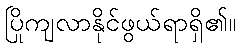
ပြိုကျလာနိုင်ဖွယ်ရာရှိ၏။